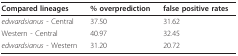
<table><thead><tr><td><b>Compared lineages</b></td><td><b>% overprediction</b></td><td><b>false positive rates</b></td></tr></thead><tbody><tr><td><i>edwardsianus </i>- Central</td><td>37.50</td><td>31.62</td></tr><tr><td>Western - Central</td><td>40.97</td><td>32.45</td></tr><tr><td><i>edwardsianus </i>- Western</td><td>31.20</td><td>20.72</td></tr></tbody></table>